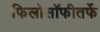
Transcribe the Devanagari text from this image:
फिलोसॉफीतर्फे